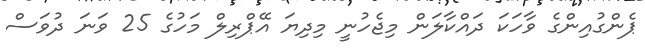
ޕެންގުއިންގެ ވާހަކަ ދައްކާލަން މިޖެހުނީ މިދިޔަ އޭޕްރިލް މަހުގެ 25 ވަނަ ދުވަސް